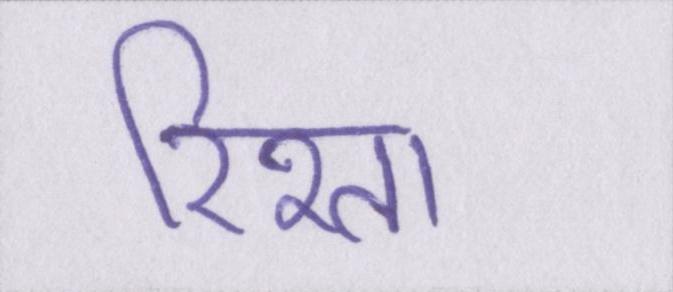
रिश्ता